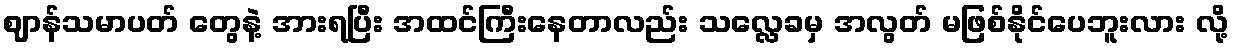
ဈာန်သမာပတ် တွေနဲ့ အားရပြီး အထင်ကြီးနေတာလည်း သလ္လေခမှ အလွတ် မဖြစ်နိုင်ပေဘူးလား လို့